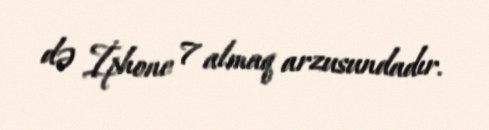
də İphone 7 almaq arzusundadır.